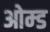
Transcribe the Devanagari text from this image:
ओम्ड